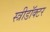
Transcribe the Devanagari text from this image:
स्त्रीडॉक्टर